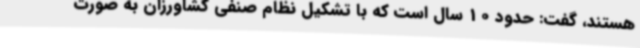
هستند، گفت: حدود 10 سال است که با تشکیل نظام صنفی کشاورزان به صورت